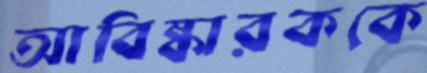
আবিষ্কারককে